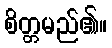
စိတ္တမည်၏။